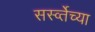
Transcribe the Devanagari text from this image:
सर्स्व्तेच्या